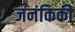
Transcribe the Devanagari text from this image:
जनंकिकी